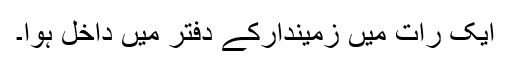
ایک رات میں زمیندارکے دفتر میں داخل ہوا۔